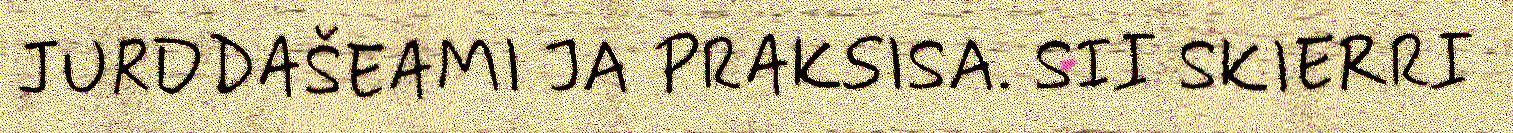
JURDDAŠEAMI JA PRAKSISA. SII SKIERRI